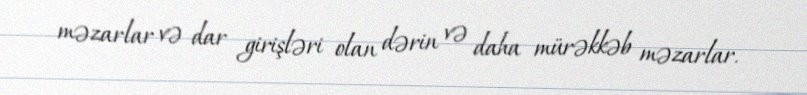
məzarlar və dar girişləri olan dərin və daha mürəkkəb məzarlar.